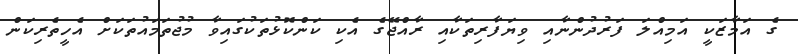
ގެ އަމާޒަކީ އަމިއްލަ ފަރުދުންނާއި ވިޔަފާރިތަކާއި ރާއްޖޭގެ އެކި ކަންކޮޅުތަކުގައިވާ މުޖުތަމައުތަކަށް އެހީތެރިކަން